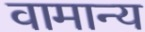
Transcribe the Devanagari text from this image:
वामान्य